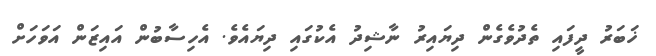
ޚަބަރު ދީފައި ތެދުވެގެން ދިޔައިރު ނާޝިދު އެކުގައި ދިޔައެވެ. އެހިސާބުން އައިޒަން އަވަހަށް